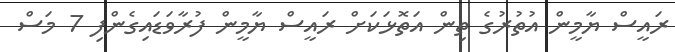
ރައީސް ޔާމީން އުތުރުގެ ތިން އަތޮޅަކަށް ރައީސް ޔާމީން ފުރާވަޑައިގެންފި 7 މަސް